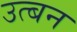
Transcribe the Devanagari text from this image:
उत्बन